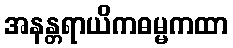
အနန္တရာယိကဓမ္မကထာ